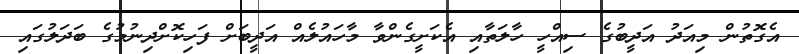
އެގޮތުން މިއަދު އަދީބުގެ ސިއްހީ ހާލަތާއި އެކަށީގެންވާ މާހައުލެއް އަދީބަށް ފަހިކޮށްދިނުމުގެ ބަދަލުގައި